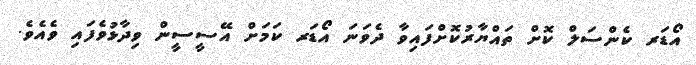
އޯޑަރ ކެންސަލް ކޮށް ތައްޔާރުކޮށްފައިވާ ދެވަނަ އޯޑަރ ކަމަށް އޭސީސީން ވިދާޅުވެފައި ވެެއެވެ.